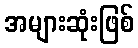
အများဆုံးဖြစ်